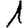
Digit: 1